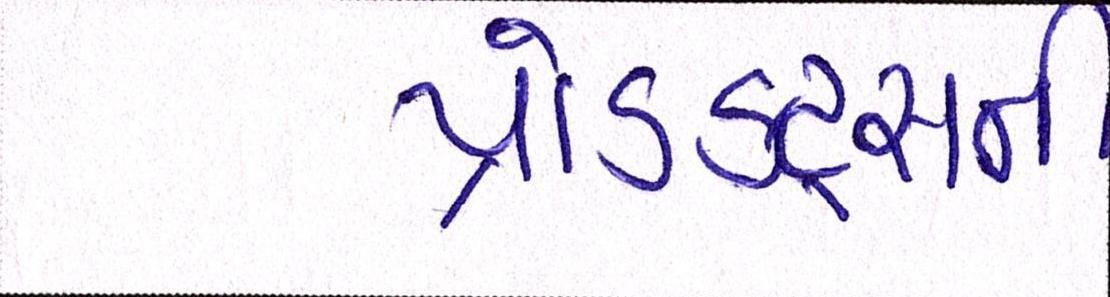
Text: પ્રોડક્ટ્સની